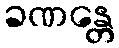
ခဏန္တေ